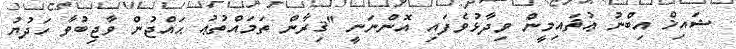
ޝައިޚް އިބްނު ޢުޘައިމީން ވިދާޅުވެފައި އޮންނަނީ ''ޤިރާން ތަމައްތުޢު ޙައްޖުން ވާޖިބުވާ ހަދުޔު